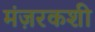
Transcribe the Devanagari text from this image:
मंज़रकशी